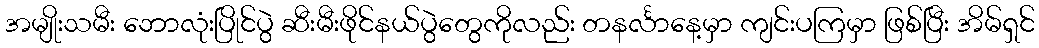
အမျိုးသမီး ဘောလုံးပြိုင်ပွဲ ဆီးမီးဖိုင်နယ်ပွဲတွေကိုလည်း တနင်္လာနေ့မှာ ကျင်းပကြမှာ ဖြစ်ပြီး အိမ်ရှင်